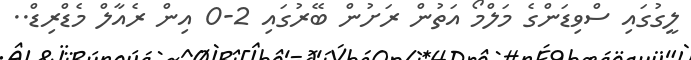
ލީގުގައި ސްވިޑަންގެ މަލްމޯ އަތުން ރަށުން ބޭރުގައި 2-0 އިން ރެއާލް މެޑްރިޑް..